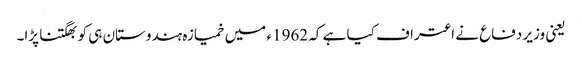
یعنی وزیر دفاع نے اعتراف کیا ہے کہ 1962ء میں خمیازہ ہندوستان ہی کو بھگتنا پڑا۔